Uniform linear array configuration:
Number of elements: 64
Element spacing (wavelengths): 0.25
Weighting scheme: kaiser
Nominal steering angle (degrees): -30
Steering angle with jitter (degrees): -28.695
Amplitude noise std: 0.05
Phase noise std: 0.05

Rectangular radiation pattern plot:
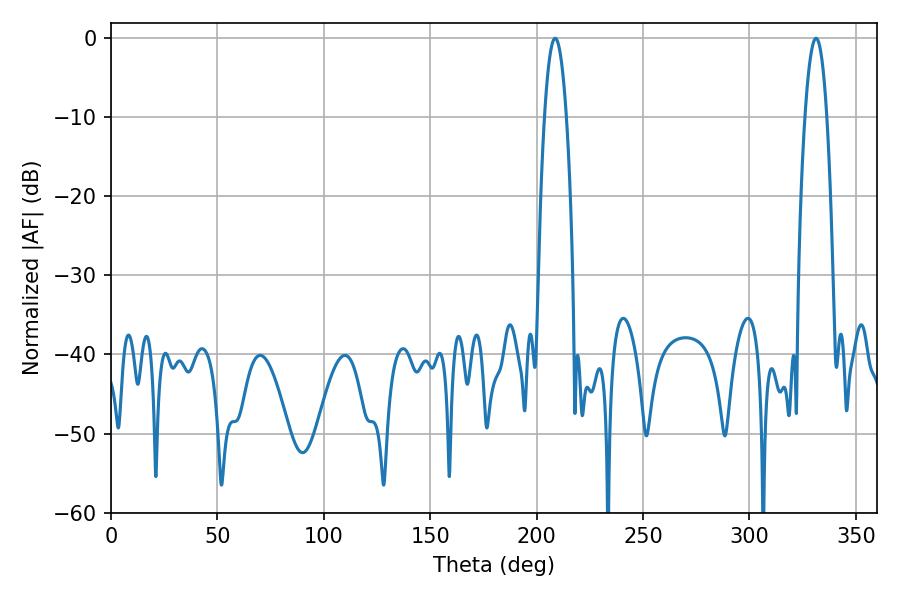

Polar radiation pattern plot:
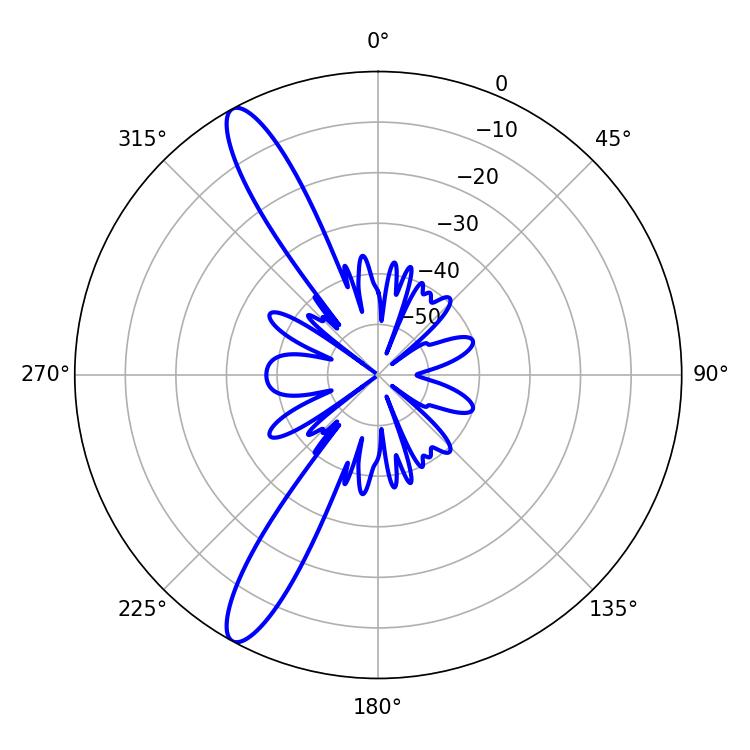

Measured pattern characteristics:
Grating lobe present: FALSE
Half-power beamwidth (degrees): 5.58
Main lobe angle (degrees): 331.38